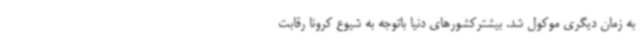
به زمان دیگری موکول شد. بیشترکشورهای دنیا باتوجه به شیوع کرونا رقابت